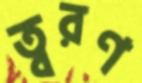
ত্বরণ